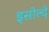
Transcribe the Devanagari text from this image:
इसोल्दे